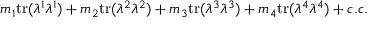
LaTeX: m _ { 1 } \mathrm { t r } ( \lambda ^ { 1 } \lambda ^ { 1 } ) + m _ { 2 } \mathrm { t r } ( \lambda ^ { 2 } \lambda ^ { 2 } ) + m _ { 3 } \mathrm { t r } ( \lambda ^ { 3 } \lambda ^ { 3 } ) + m _ { 4 } \mathrm { t r } ( \lambda ^ { 4 } \lambda ^ { 4 } ) + c . c .